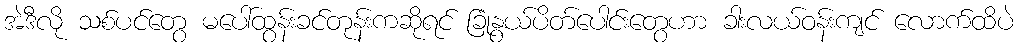
အဲဒီလို သစ်ပင်တွေ မပေါ်ထွန်းခင်တုန်းကဆိုရင် ခြုံနွယ်ပိတ်ပေါင်းတွေဟာ ခါးလယ်ဝန်းကျင် လောက်ထိပဲ